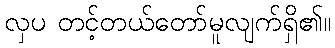
လှပ တင့်တယ်တော်မူလျက်ရှိ၏။